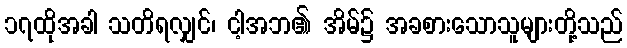
၁၇ထိုအခါ သတိရလျှင်၊ ငါ့အဘ၏ အိမ်၌ အခစားသောသူများတို့သည်